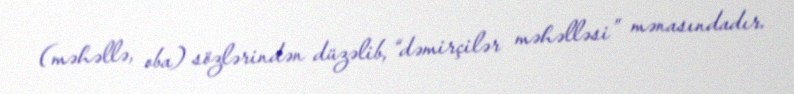
(məhəllə, oba) sözlərindən düzəlib, “dəmirçilər məhəlləsi” mənasındadır.